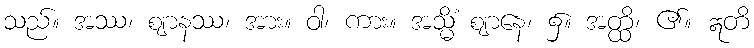
သည်။ အဿ၊ ဈာနဿ၊ အား။ ဝါ၊ ကား။ အသ္မိံ ဈာနေ၊ ၌။ အတ္ထိ၊ ၏။ ဣတိ